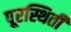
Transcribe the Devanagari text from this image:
पूरस्थिती